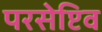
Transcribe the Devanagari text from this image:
परसेप्टिव